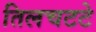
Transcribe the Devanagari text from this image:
तिलचटटे